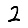
Digit: 2